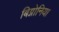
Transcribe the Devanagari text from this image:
बिग्नोनिया